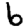
Digit: 6